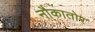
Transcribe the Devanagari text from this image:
नौकातोर